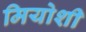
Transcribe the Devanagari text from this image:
मियोशी